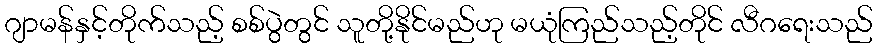
ဂျာမန်နှင့်တိုက်သည့် စစ်ပွဲတွင် သူတို့နိုင်မည်ဟု မယုံကြည်သည့်တိုင် လီဂရေးသည်